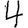
Digit: 4